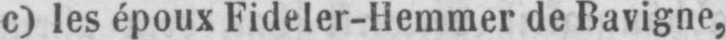
c) les époux Fideler-Hemmer de Bavigne,